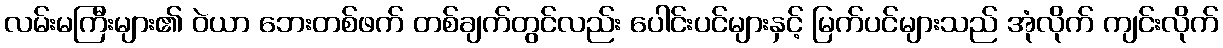
လမ်းမကြီးများ၏ ဝဲယာ ဘေးတစ်ဖက် တစ်ချက်တွင်လည်း ပေါင်းပင်များနှင့် မြက်ပင်များသည် အုံလိုက် ကျင်းလိုက်